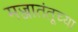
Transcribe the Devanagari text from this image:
मज्जातंतूच्या